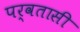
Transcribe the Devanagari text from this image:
पर्वतासी